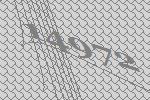
14972